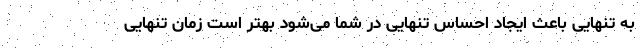
به تنهایی باعث ایجاد احساس تنهایی در شما می‌شود بهتر است زمان تنهایی